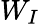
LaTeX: W_{I}